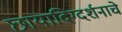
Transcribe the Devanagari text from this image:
छायादिग्दर्शनाचे